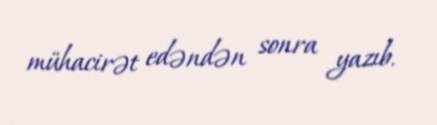
mühacirət edəndən sonra yazıb.